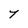
Character: Y